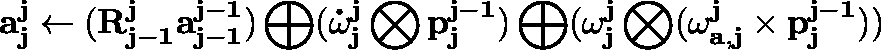
\mathbf { a _ { j } ^ { j } } \gets ( \mathbf { R _ { j - 1 } ^ { j } } \mathbf { a _ { j - 1 } ^ { j - 1 } } ) \bigoplus ( \mathbf { \dot { \omega } _ { j } ^ { j } } \bigotimes \mathbf { p _ { j } ^ { j - 1 } } ) \bigoplus ( \mathbf { \omega _ { j } ^ { j } } \bigotimes ( \mathbf { \omega _ { a , j } ^ { j } } \times \mathbf { p _ { j } ^ { j - 1 } } ) )